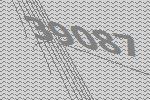
39087